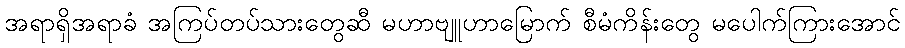
အရာရှိအရာခံ အကြပ်တပ်သားတွေဆီ မဟာဗျူဟာမြောက် စီမံကိန်းတွေ မပေါက်ကြားအောင်